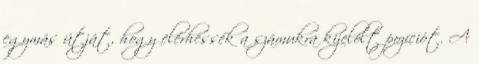
egymás útját, hogy elérhessék a számukra kijelölt pozíciót. A